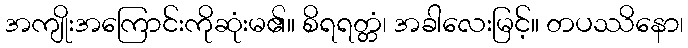
အကျိုးအကြောင်းကိုဆုံးမ၏။ စိရရတ္တံ၊ အခါလေးမြင့်။ တပဿိနော၊